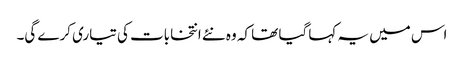
اس میں یہ کہا گیا تھا کہ وہ نئے انتخابات کی تیاری کرے گی۔